First report of the anti-malarial operations at Mian Mir, 1901-1903 - Number 6
Year: 1901
Disease focus: Malaria
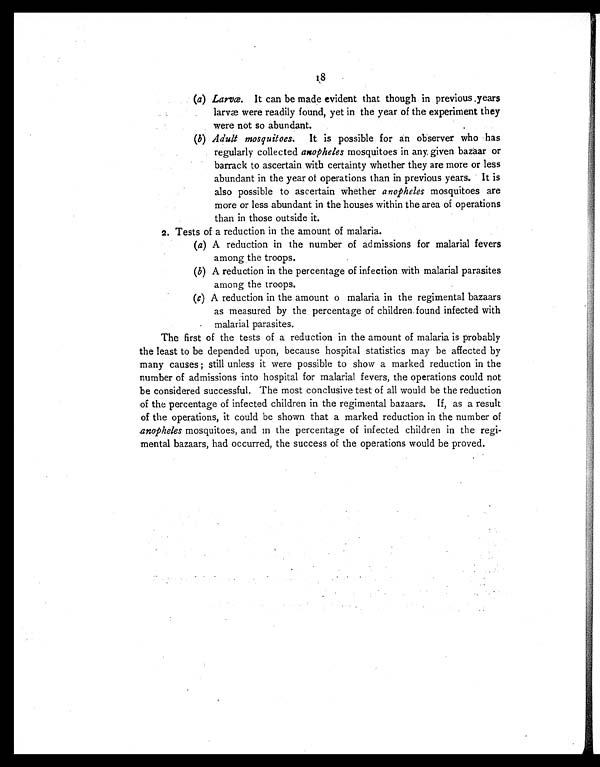
(a)Larvæ. It can be made evident that though in previous years
larvæ were readily found, yet in the year of the experiment they
were not so abundant.
(b) Adult mosquitoes. It is possible for an observer who has
regularly collected anopheles mosquitoes in any, given bazaar or
barrack to ascertain with certainty whether they are more or less
abundant in the year of operations than in previous years. It is
also possible to ascertain whether anopheles mosquitoes are
more or less abundant in the houses within the area of operations
than in those outside it.
2. Tests of a reduction in the amount of malaria.
(a)A reduction in the number of admissions for malarial fevers
among the troops.
(b)A reduction in the percentage of infection with malarial parasites
among the troops.
(c)A reduction in the amount o malaria in the regimental bazaars
as measured by the percentage of children found infected with
malarial parasites.
The first of the tests of a reduction in the amount of malaria is probably
the least to be depended upon, because hospital statistics may be affected by
many causes ; still unless it were possible to show a marked reduction in the
number of admissions into hospital for malarial fevers, the operations could not
be considered successful. The most conclusive test of all would be the reduction
of the percentage of infected children in the regimental bazaars. If, as a result
of the operations, it could be shown that a marked reduction in the number of
anopheles mosquitoes, and in the percentage of infected children in the regi--
mental bazaars, had occurred, the success of the operations would be proved.